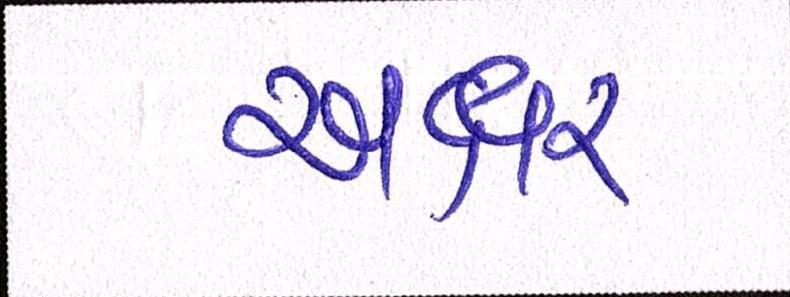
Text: અક્ષર